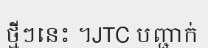
ថ្មីៗនេះ ។JTC បញ្ជាក់